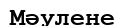
Мәулене